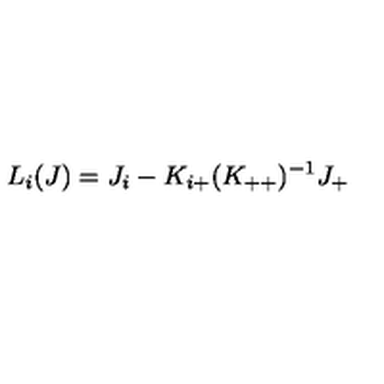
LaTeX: L _ { i } ( J ) = J _ { i } - K _ { i + } ( K _ { + + } ) ^ { - 1 } J _ { + }